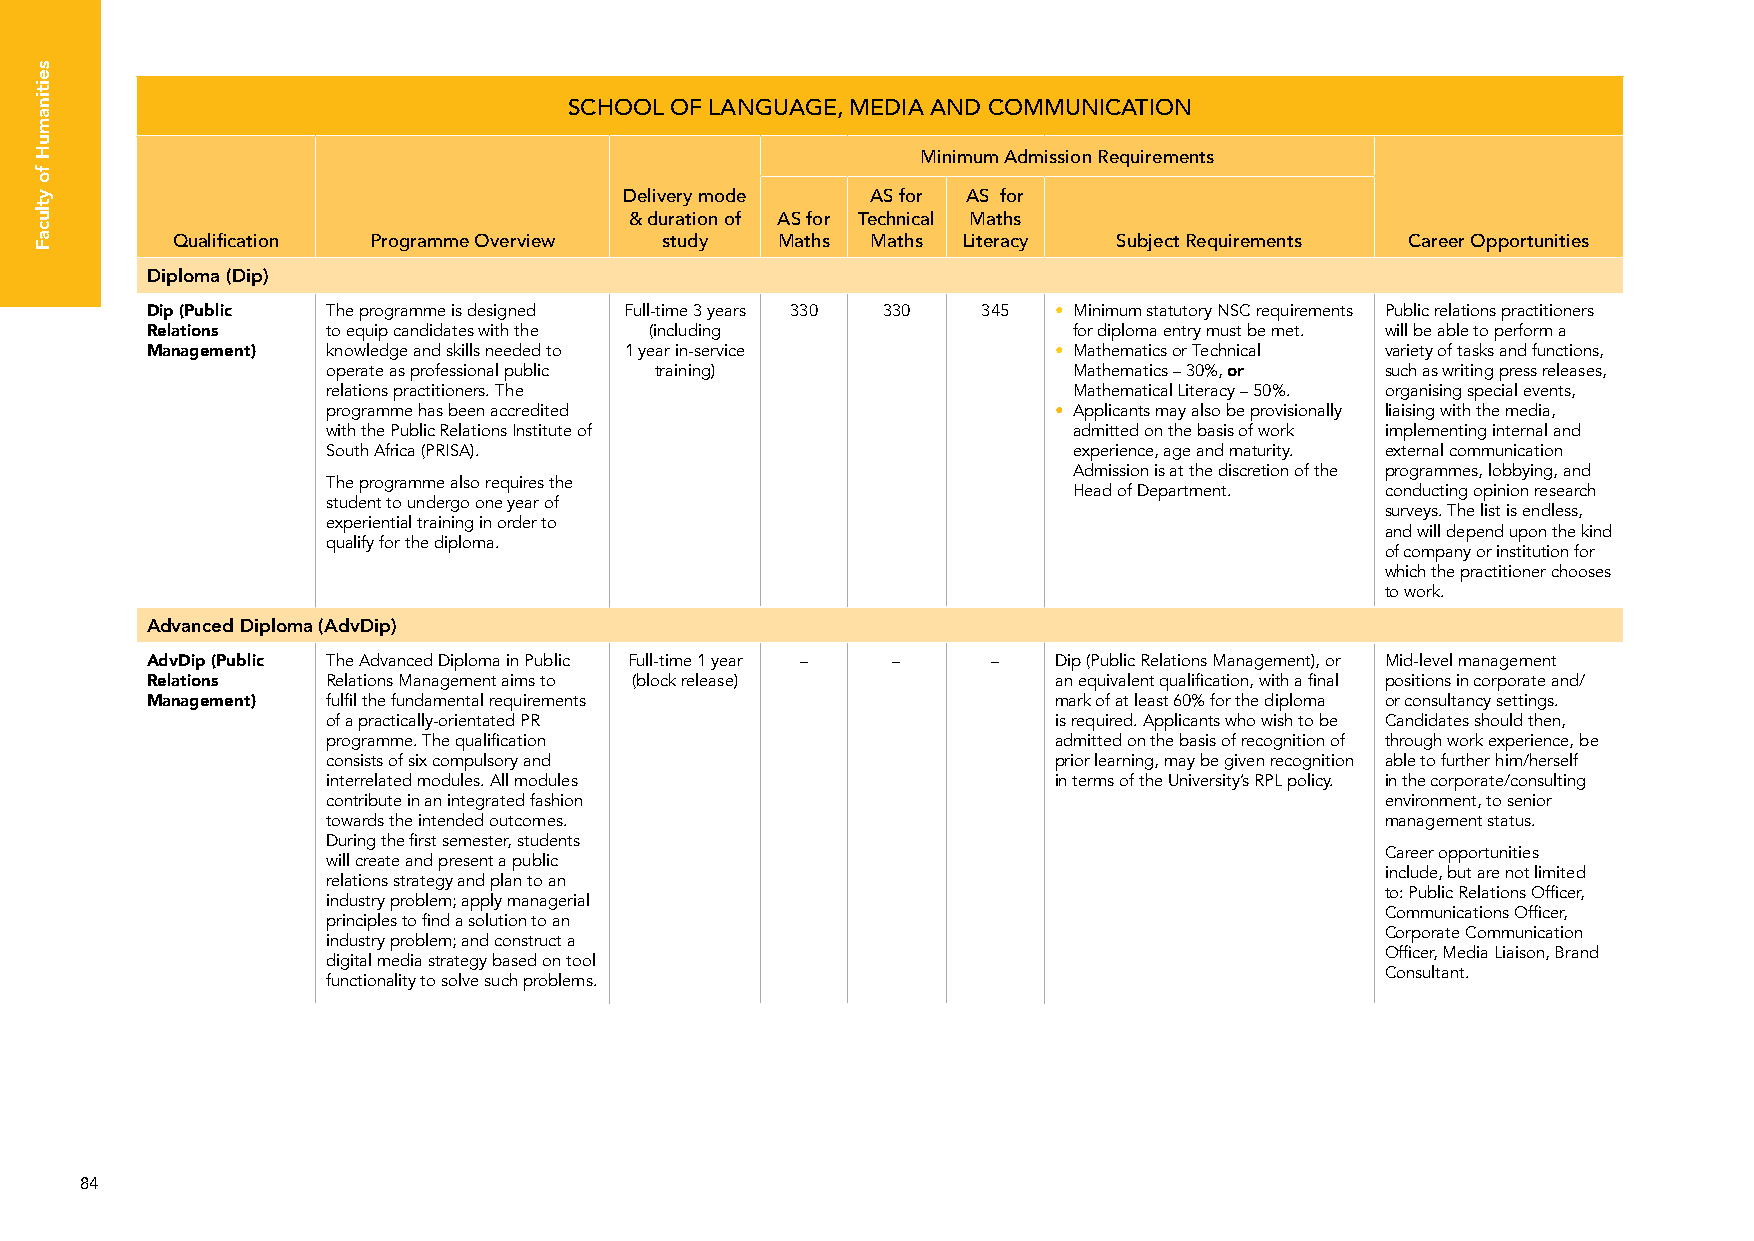
SCHOOL OF LANGUAGE, MEDIA AND COMMUNICATION
 Minimum Admission Requirements
 Delivery mode    AS for AS for
 & duration of AS for Technical Maths
 Qualification Programme Overview study  Maths  Maths Literacy  Subject Requirements Career Opportunities
 Diploma (Dip)
 Dip (Public The programme is designed Full-time 3 years 330 330 345 • Minimum statutory NSC requirements Public relations practitioners
 Relations   to equip candidates with the (including          for diploma entry must be met. will be able to perform a
 Management) knowledge and skills needed to 1 year in-service • Mathematics or Technical variety of tasks and functions,
 operate as professional public training)         Mathematics – 30%, or such as writing press releases,
 relations practitioners. The                     Mathematical Literacy – 50%. organising special events,
 programme has been accredited                   • Applicants may also be provisionally liaising with the media,
 with the Public Relations Institute of           admitted on the basis of work implementing internal and
 South Africa (PRISA).                            experience, age and maturity. external communication
 Admission is at the discretion of the programmes, lobbying, and
 The programme also requires the
 Head of Department.  conducting opinion research
 student to undergo one year of
 surveys. The list is endless,
 experiential training in order to
 and will depend upon the kind
 qualify for the diploma.
 of company or institution for
 which the practitioner chooses
 to work.
 Advanced Diploma (AdvDip)
 AdvDip (Public The Advanced Diploma in Public Full-time 1 year – – – Dip (Public Relations Management), or Mid-level management
 Relations   Relations Management aims to (block release)    an equivalent qualification, with a final positions in corporate and/
 Management) fulfil the fundamental requirements             mark of at least 60% for the diploma or consultancy settings.
 of a practically-orientated PR                  is required. Applicants who wish to be Candidates should then,
 programme. The qualification                    admitted on the basis of recognition of through work experience, be
 consists of six compulsory and                  prior learning, may be given recognition able to further him/herself
 interrelated modules. All modules               in terms of the University’s RPL policy. in the corporate/consulting
 contribute in an integrated fashion                                   environment, to senior
 towards the intended outcomes.                                        management status.
 During the first semester, students
 Career opportunities
 will create and present a public
 include, but are not limited
 relations strategy and plan to an
 to: Public Relations Officer,
 industry problem; apply managerial
 Communications Officer,
 principles to find a solution to an
 Corporate Communication
 industry problem; and construct a
 Officer, Media Liaison, Brand
 digital media strategy based on tool
 Consultant.
 functionality to solve such problems.
 84
 seitinamuH
 fo
 ytlucaF